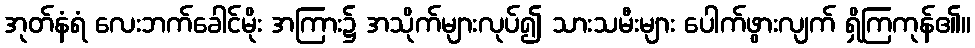
အုတ်နံရံ လေးဘက်ခေါင်မိုး အကြား၌ အသိုက်များလုပ်၍ သားသမီးများ ပေါက်ဖွားလျက် ရှိကြကုန်၏။